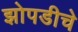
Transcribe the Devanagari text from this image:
झोपडीचे